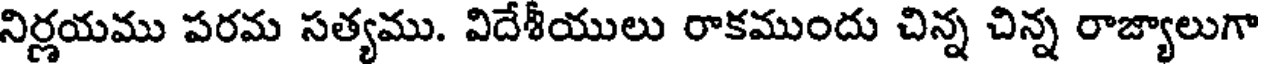
నిర్ణయము పరమ సత్యము. విదేశీయులు రాకముందు చిన్న చిన్న రాజ్యాలుగా